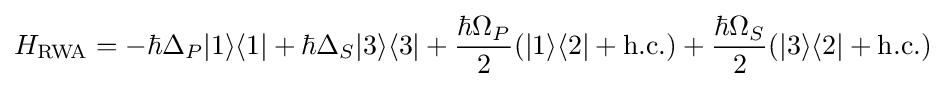
H_{\mathrm {RWA} }=-\hbar \Delta _{P}|1\rangle \langle 1|+\hbar \Delta _{S}|3\rangle \langle 3|+{\frac {\hbar \Omega _{P}}{2}}(|1\rangle \langle 2|+\mathrm {h.c.} )+{\frac {\hbar \Omega _{S}}{2}}(|3\rangle \langle 2|+\mathrm {h.c.} )